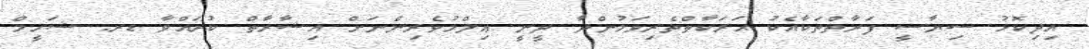
އިދިކޮޅު ސިޔާސީ ފަރާތްތަކާއެކު ޙަރަކާތްތެރިވަމުންދާ ދީނީ ޢިލްމުވެރިންނަށް އިޝާރާތް ކުރައްވާ ޑރ. ޝަހީމް